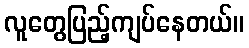
လူတွေပြည့်ကျပ်နေတယ်။